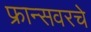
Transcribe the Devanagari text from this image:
फ्रान्सवरचे